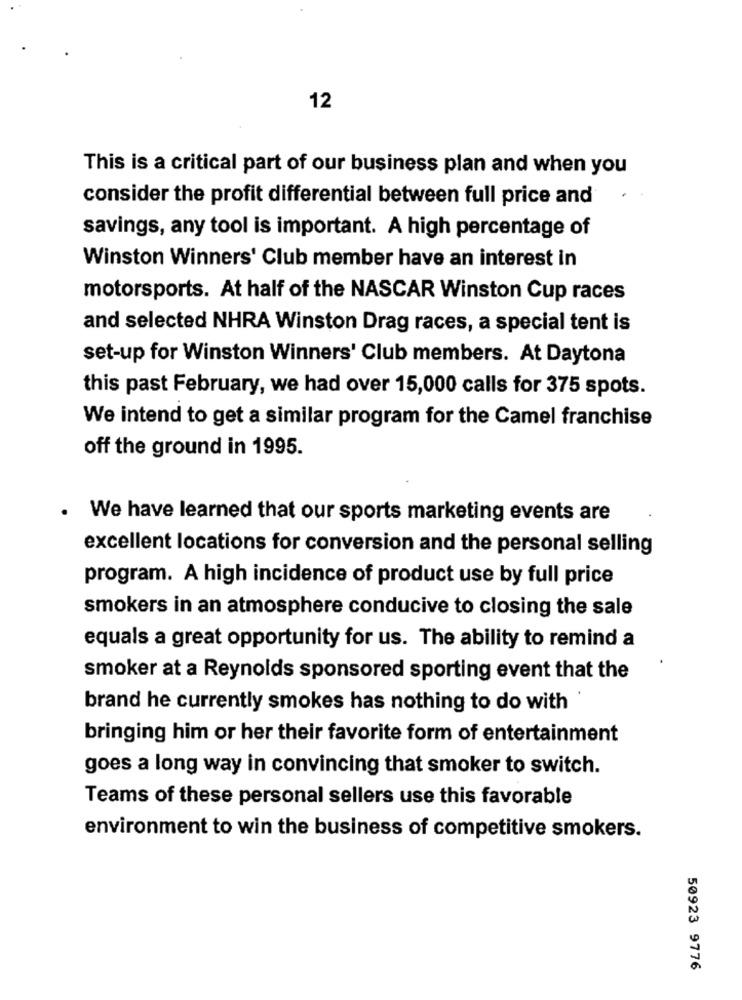
12
This is a critical part of our business plan and when you
consider the profit differential between full price and
savings, any tool is important. A high percentage of
Winston Winners' Club member have an interest in
motorsports. At half of the NASCAR Winston Cup races
and selected NHRA Winston Drag races, a special tent is
set-up for Winston Winners' Club members. At Daytona
this past February, we had over 15,000 calls for 375 spots.
We intend to get a similar program for the Camel franchise
off the ground in 1995.
We have learned that our sports marketing events are
excellent locations for conversion and the personal selling
program. A high incidence of product use by full price
smokers in an atmosphere conducive to closing the sale
equals a great opportunity for us. The ability to remind a
smoker at a Reynolds sponsored sporting event that the
brand he currently smokes has nothing to do with
bringing him or her their favorite form of entertainment
goes a long way in convincing that smoker to switch.
Teams of these personal sellers use this favorable
environment to win the business of competitive smokers.
50923 9776